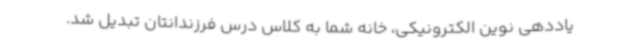
یاددهی نوین الکترونیکی، خانه شما به کلاس درس فرزندانتان تبدیل شد.